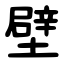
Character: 壁